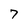
Character: 7